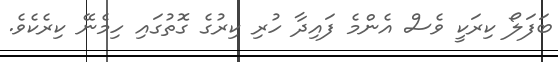
ބަފަލޯ ކިރަކީ ވެސް އެންމެ ފައިދާ ހުރި ކިރުގެ ގޮތުގައި ހިމެނޭ ކިރެކެވެ.